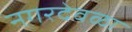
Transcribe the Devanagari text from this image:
नगरदेवळा